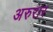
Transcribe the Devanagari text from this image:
अरुरार